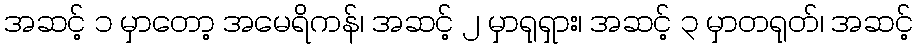
အဆင့် ၁ မှာတော့ အမေရိကန်၊ အဆင့် ၂ မှာရုရှား၊ အဆင့် ၃ မှာတရုတ်၊ အဆင့်